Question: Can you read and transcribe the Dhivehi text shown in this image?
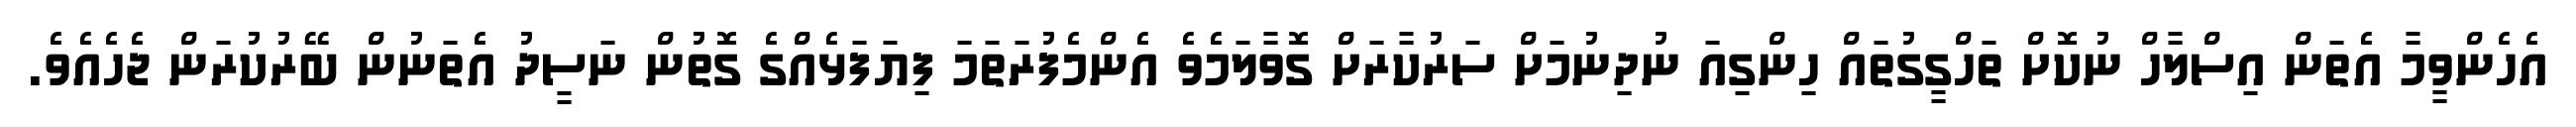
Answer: އެހެންވީމާ އެތަން އިސްލާހް ނުކޮށް ތަހްގީގުތައް ހިންގިއަ ނުދިނުމަށް ސަރުކާރަށް ގޮވާލަމެވެ އެންމެފުރަތަމަ ފިޔަފަޅެއްގެ ގޮތުން ނަސީދު އެތަނުން ބޭރުކުރަން ޖެހެއެވެ.